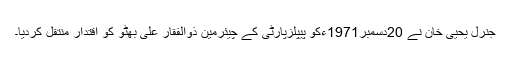
جنرل یحییٰ خان نے 20دسمبر1971ءکو پیپلزپارٹی کے چیئرمین ذوالفقار علی بھٹو کو اقتدار منتقل کردیا۔